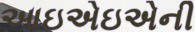
આઇએઇએની